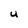
Character: u